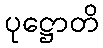
ပုဋ္ဌောတိ